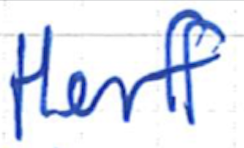
Text: Herff
Cross-out: clean
Writing tool: ballpoint